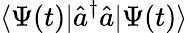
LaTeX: \langle\Psi(t)|\hat{a}^{\dagger}\hat{a}|\Psi(t)\rangle